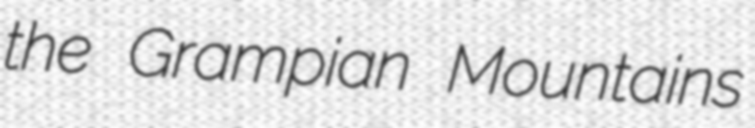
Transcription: the Grampian Mountains